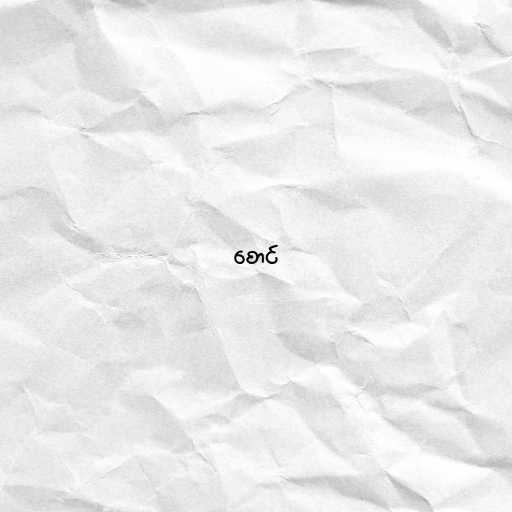
စောင်